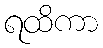
ရထိကာ